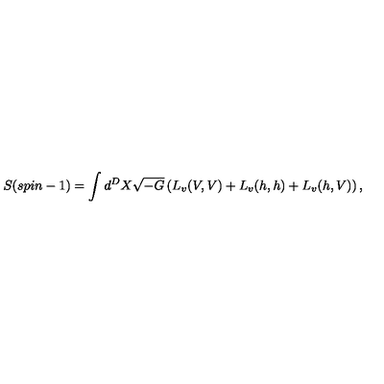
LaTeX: S ( s p i n - 1 ) = \int d ^ { D } X \sqrt { - G } \left( L _ { v } ( V , V ) + L _ { v } ( h , h ) + L _ { v } ( h , V ) \right) ,